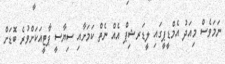
ނަމަވެސް މިއަދު އެމްޑީޕީގައި ލީޑަރޝިޕް އެއް ނެތް ކަމަށާއި ސިޔާސީ ޕާޓީއަކަށްވުރެ ބޮޑަށް